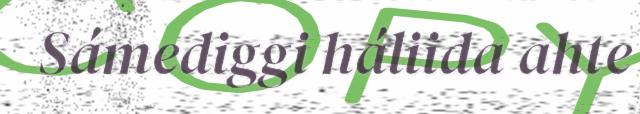
Sámediggi háliida ahte